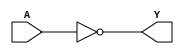
/*
 * Copyright 2020 The SkyWater PDK Authors
 *
 * Licensed under the Apache License, Version 2.0 (the "License");
 * you may not use this file except in compliance with the License.
 * You may obtain a copy of the License at
 *
 *     https://www.apache.org/licenses/LICENSE-2.0
 *
 * Unless required by applicable law or agreed to in writing, software
 * distributed under the License is distributed on an "AS IS" BASIS,
 * WITHOUT WARRANTIES OR CONDITIONS OF ANY KIND, either express or implied.
 * See the License for the specific language governing permissions and
 * limitations under the License.
 *
 * SPDX-License-Identifier: Apache-2.0
*/


`ifndef SKY130_FD_SC_HD__CLKINVLP_FUNCTIONAL_V
`define SKY130_FD_SC_HD__CLKINVLP_FUNCTIONAL_V

/**
 * clkinvlp: Lower power Clock tree inverter.
 *
 * Verilog simulation functional model.
 */

`timescale 1ns / 1ps
`default_nettype none

`celldefine
module sky130_fd_sc_hd__clkinvlp (
    Y,
    A
);

    // Module ports
    output Y;
    input  A;

    // Local signals
    wire not0_out_Y;

    //  Name  Output      Other arguments
    not not0 (not0_out_Y, A              );
    buf buf0 (Y         , not0_out_Y     );

endmodule
`endcelldefine

`default_nettype wire
`endif  // SKY130_FD_SC_HD__CLKINVLP_FUNCTIONAL_V